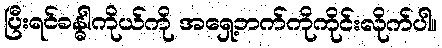
ပြီးရင်ခန္ဓါကိုယ်ကို အရှေ့ဘက်ကိုကိုင်းလိုက်ပါ။